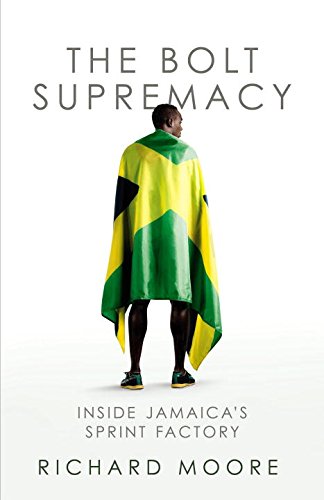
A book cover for The Bolt Supremacy: Inside Jamaica's Sprint Factory; Richard Moore; Sports & Outdoors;